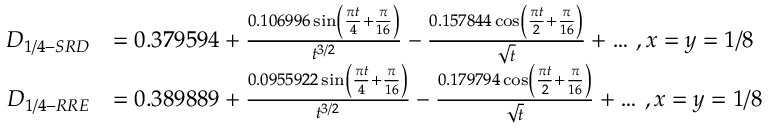
\begin{array} { r l } { D _ { 1 / 4 - S R D } } & { = 0 . 3 7 9 5 9 4 + \frac { 0 . 1 0 6 9 9 6 \sin \left( \frac { \pi t } { 4 } + \frac { \pi } { 1 6 } \right) } { t ^ { 3 / 2 } } - \frac { 0 . 1 5 7 8 4 4 \cos \left( \frac { \pi t } { 2 } + \frac { \pi } { 1 6 } \right) } { \sqrt { t } } + \dots \, , x = y = 1 / 8 } \\ { D _ { 1 / 4 - R R E } } & { = 0 . 3 8 9 8 8 9 + \frac { 0 . 0 9 5 5 9 2 2 \sin \left( \frac { \pi t } { 4 } + \frac { \pi } { 1 6 } \right) } { t ^ { 3 / 2 } } - \frac { 0 . 1 7 9 7 9 4 \cos \left( \frac { \pi t } { 2 } + \frac { \pi } { 1 6 } \right) } { \sqrt { t } } + \dots \, , x = y = 1 / 8 } \end{array}